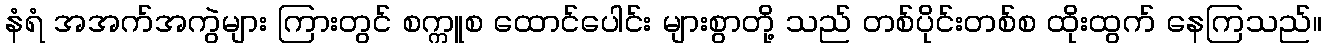
နံရံ အအက်အကွဲများ ကြားတွင် စက္ကူစ ထောင်ပေါင်း များစွာတို့ သည် တစ်ပိုင်းတစ်စ ထိုးထွက် နေကြသည်။